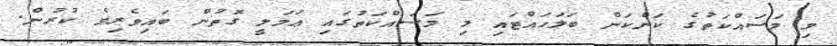
މި މަސައްކަތުގެ ކަންކަން ބަލަހައްޓައި މި މަސައްކަތުގައި ޢަމަލީ ގޮތުން ބައިވެރިވެ ކުރުން.